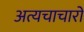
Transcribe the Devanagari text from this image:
अत्यचाचारों